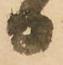
日